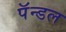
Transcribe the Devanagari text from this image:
पॅन्डल